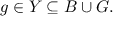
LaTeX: g \in Y \subseteq B \cup G .